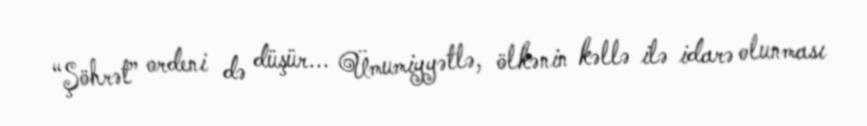
“Şöhrət” ordeni də düşür... Ümumiyyətlə, ölkənin kəllə ilə idarə olunması